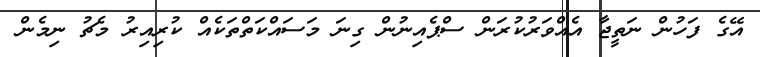
އޭގެ ފަހުން ނަތީޖާ އެއްވަރުކުރަން ސްޕެއިނުން ގިނަ މަސައްކަތްތަކެއް ކުރިއިރު މެޗު ނިމެން